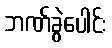
ဘဏ်ခွဲပေါင်း